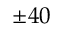
\pm 4 0